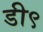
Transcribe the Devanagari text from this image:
डी९